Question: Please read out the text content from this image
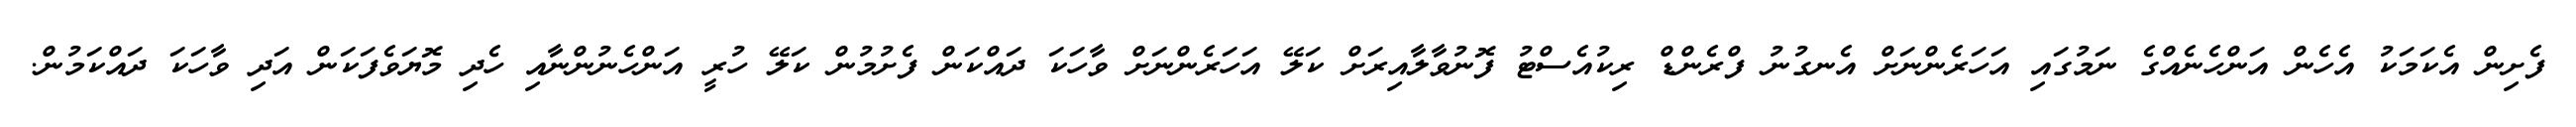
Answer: ފެށިން އެކަމަކު އެހެން އަންހެނެއްގެ ނަމުގައި އަހަރެންނަށް އެނގުނު ފްރެންޑް ރިކުއެސްޓު ފޮނުވާލާއިރަށް ކަލޭ އަހަރެންނަށް ވާހަކަ ދައްކަން ފެށުމުން ކަލޭ ހުރީ އަންހެނުންނާއި ހެދި މޮޔަވެފަކަން އަދި ވާހަކަ ދައްކަމުން.